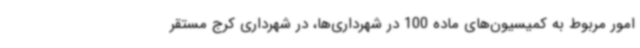
امور مربوط به کمیسیون‌های ماده 100 در شهرداری‌ها، در شهرداری کرج مستقر